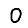
Digit: 0